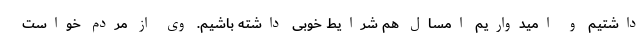
داشتیم و امیدواریم امسال هم شرایط خوبی داشته باشیم. وی از مردم خواست